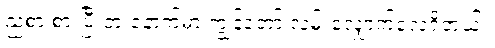
ညစာ စားပြီးတဲ့ နောက်မှာ ကျွန်တော် လမ်းလျှောက်လေ့ရှိတယ်။